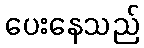
ပေးနေသည်